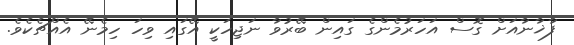
ފާޚާނާއަށް ގޮސް އަހަރުމެންގެ ގައިން ބޭރުވާ ނަޖިހަކީ އޭގައި ވިހަ ހިމެނޭ އެއްޗެކެވެ.